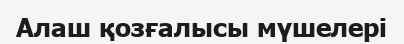
Алаш қозғалысы мүшелері